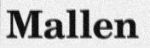
Mallen